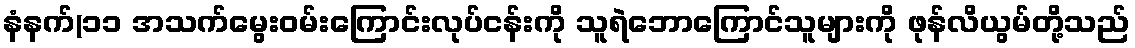
နံနက်(၁၁ အသက်မွေးဝမ်းကြောင်းလုပ်ငန်းကို သူရဲဘောကြောင်သူများကို ဖုန်လိယွမ်တို့သည်